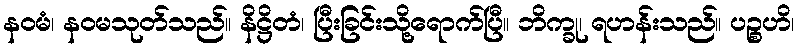
နဝမံ၊ နဝမသုတ်သည်။ နိဋ္ဌိတံ၊ ပြီးခြင်းသို့ရောက်ပြီ။ ဘိက္ခု၊ ရဟန်းသည်။ ပဉ္စဟိ၊